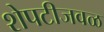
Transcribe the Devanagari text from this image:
शेपटीजवळ